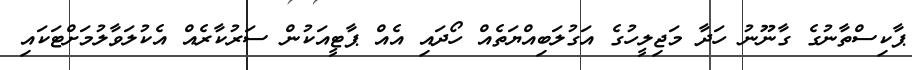
ޕާކިސްތާނުގެ ގާނޫނު ހަދާ މަޖިލީހުގެ އަގުލަބިއްޔަތެއް ހޯދައި އެއް ޕާޓީއަކުން ސަރުކާރެއް އެކުލަވާލުމަށްޓަކައި